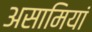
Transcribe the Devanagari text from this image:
असामियां